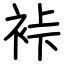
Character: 裃